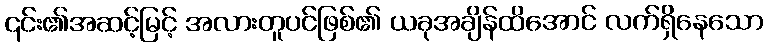
၎င်း၏အဆင့်မြင့် အလားတူပင်ဖြစ်၏ ယခုအချိန်ထိအောင် လက်ရှိနေသော